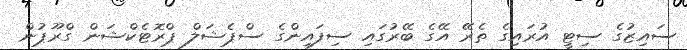
ސައިޒުގެ ސިޓީ އުރައިގެ ތެރޭ އޭގެ ބޭރުގައި ސިފައިންގެ ސްޕެޝަލް ޕްރޮޓެކްޝަން ގްރޫޕުން